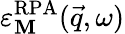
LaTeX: \varepsilon_{\mathbf{M}}^{\mathrm{{RPA}}}(\vec{{q}},\omega)